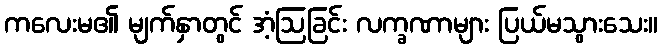
ကလေးမ၏ မျက်နှာတွင် အံ့ဩခြင်း လက္ခဏာများ ပြယ်မသွားသေး။